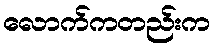
လောက်ကတည်းက